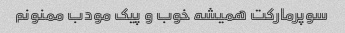
سوپرمارکت همیشه خوب و پیک مودب ممنونم